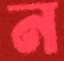
ন